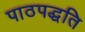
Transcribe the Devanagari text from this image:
पाठपद्धति